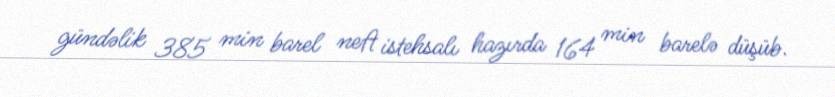
gündəlik 385 min barel neft istehsalı hazırda 164 min barelə düşüb.